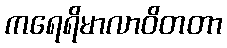
ကရေရိမာလာဝိတတာ